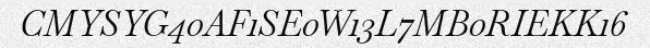
CMYSYG40AF1SE0W13L7MB0RIEKK16